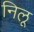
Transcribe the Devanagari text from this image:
निलू